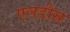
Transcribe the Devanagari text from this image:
एलडीस